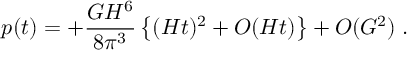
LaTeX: p ( t ) = + { \frac { G H ^ { 6 } } { 8 \pi ^ { 3 } } } \left\{ ( H t ) ^ { 2 } + O ( H t ) \right\} + O ( G ^ { 2 } ) \; .